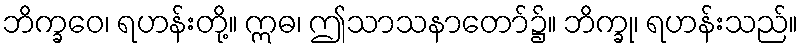
ဘိက္ခဝေ၊ ရဟန်းတို့။ ဣဓ၊ ဤသာသနာတော်၌။ ဘိက္ခု၊ ရဟန်းသည်။